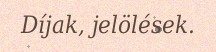
Díjak, jelölések.